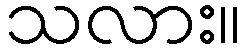
သလား။